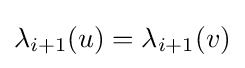
\lambda _{i+1}(u)=\lambda _{i+1}(v)